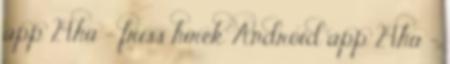
app 24.hu - friss hírek Android app 24.hu -